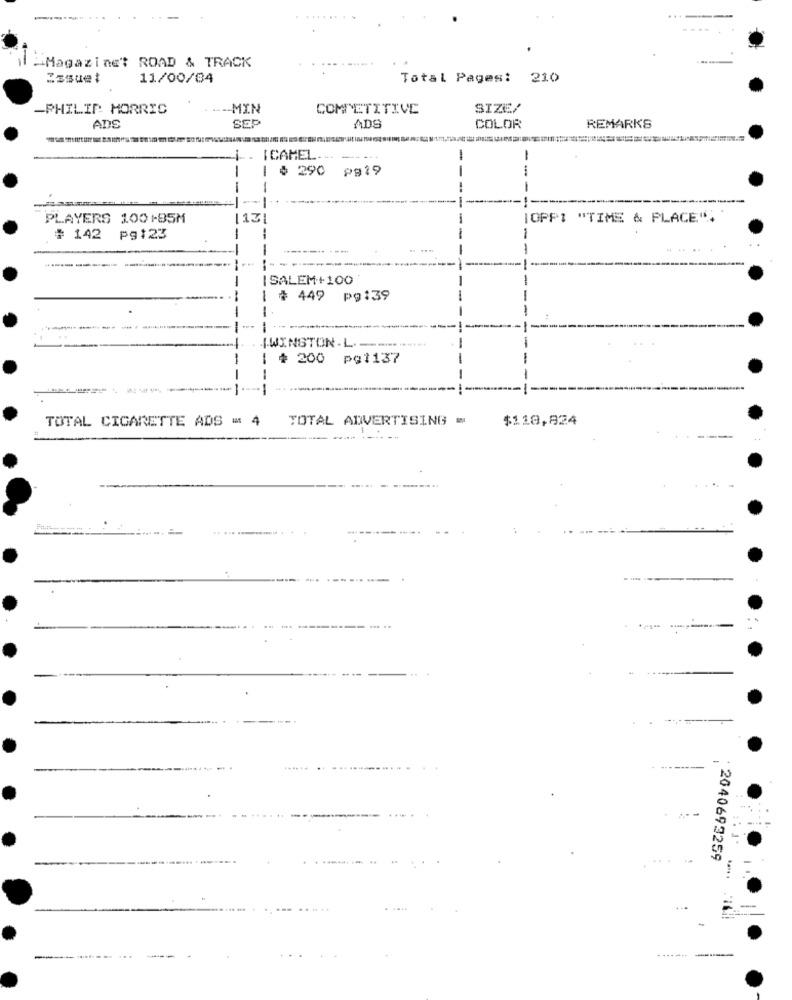
-Magazinet ROAD & TRACK
Issue:
11/00/84
Total Pages: 210
-PHILIP MORRIS
-- MIN
COMPETITIVE
SIZE/
ADS
SEP
ADE
COLOR
REMARKS
ICAMEL ..
-
| # 290 pg19
--
PLAYERS 100-85M
13
IOPPI "TIME & PLACE".
# 142 pg123
# 142
pg123
-
-
-
--
--
SALEM+100
# 449 p9:39
-
-
--.
--
-
IWINSTON.L.
1 # 200 pg1137
-
---
-
TOTAL CIGARETTE ADS w4
TOTAL ADVERTISING =
$118,824
------
2040693259
----- --